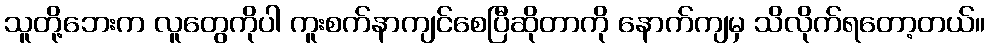
သူတို့ဘေးက လူတွေကိုပါ ကူးစက်နာကျင်စေပြီဆိုတာကို နောက်ကျမှ သိလိုက်ရတော့တယ်။